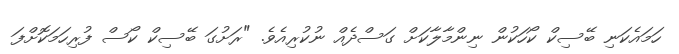
ހަމައެކަނި ބޭސިކް ކޯހަކުން ނިންމާލާކަށް ގަސްދެއް ނުކުރިއެވެ. "ރަށުގަ ބޭސިކް ކޯސް ފުރިހަމަކޮށްފަ